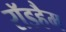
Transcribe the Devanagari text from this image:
रॉडहैम